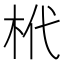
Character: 㭖